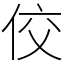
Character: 佼